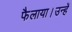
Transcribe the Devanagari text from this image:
फैलाया।उन्हें